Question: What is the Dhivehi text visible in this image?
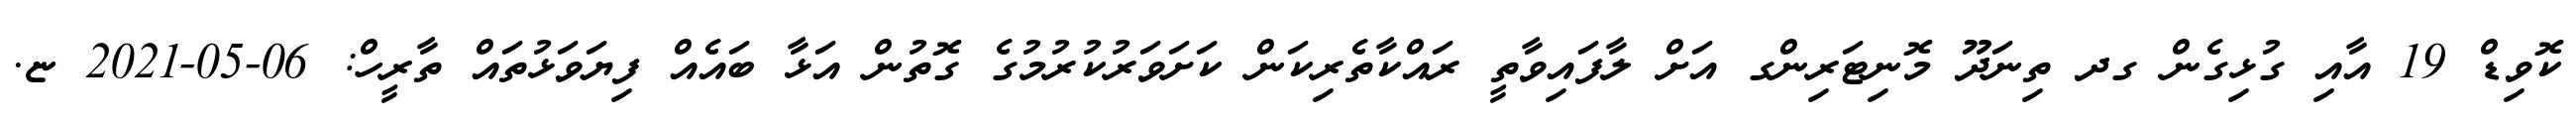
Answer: ކޮވިޑް 19 އާއި ގުޅިގެން ގދ ތިނަދޫ މޮނިޓަރިންގ އަށް ލާފައިވާތީ ރައްކާތެރިކަން ކަށަވަރުކުރުމުގެ ގޮތުން އަޅާ ބައެއް ފިޔަވަޅުތައް ތާރީހް: 06-05-2021 ޏ.